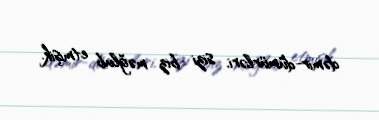
dəmir-dümürləri, sizi biz məğlub etmişik.